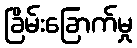
ခြိမ်းခြောက်မှု